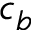
c _ { b }